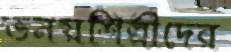
ভনয়শিল্পীদের